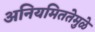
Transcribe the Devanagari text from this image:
अनियमिततेमुळे